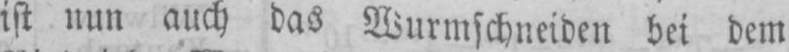
ist nun auch das Wurmschneiden bei dem